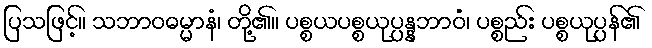
ပြသဖြင့်။ သဘာဝဓမ္မာနံ၊ တို့၏။ ပစ္စယပစ္စယုပ္ပန္နဘာဝံ၊ ပစ္စည်း ပစ္စယုပ္ပန်၏